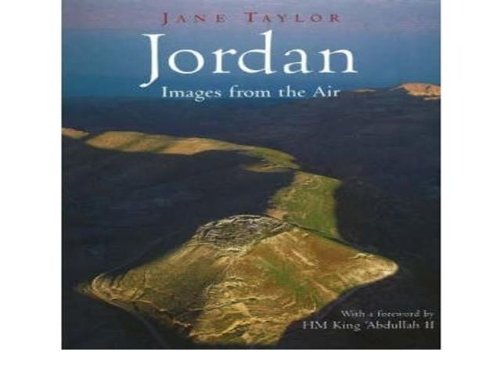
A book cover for Jordan: Images from the Air; Jane Taylor; Travel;